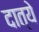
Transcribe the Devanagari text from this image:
दात्ये